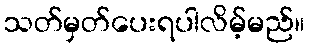
သတ်မှတ်ပေးရပါလိမ့်မည်။